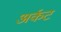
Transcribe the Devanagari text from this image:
अर्कट